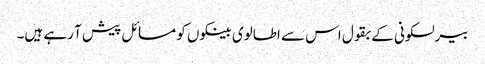
بیرلسکونی کے بقول اس سے اطالوی بینکوں کو مسائل پیش آ رہے ہیں۔